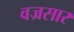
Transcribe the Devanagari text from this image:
वज्रसार